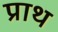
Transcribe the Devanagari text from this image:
प्राथ